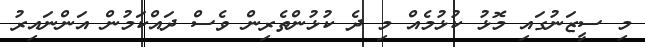
މި ސީޒަނުގައި މޮޅު ކުޅުމެއް މި ދެ ކުޅުންތެރިން ވެސް ދައްކަމުން އަންނައިރު